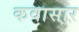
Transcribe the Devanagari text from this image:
कवासार